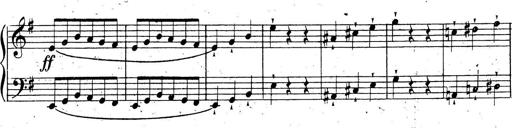
Title: 10 Sonatinas
Composer: Fritz Spindler